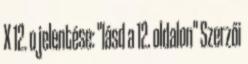
X 12. o jelentése: "lásd a 12. oldalon" Szerzői